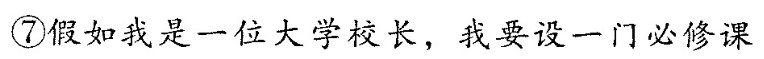
⑦假如我是一位大学校长，我要设一门必修课